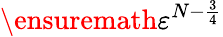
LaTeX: \ensuremath{\varepsilon}^{N-\frac 34}